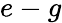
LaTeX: e-g